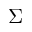
\Sigma